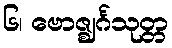
၆၊ ဗောဇ္ဈင်္ဂသုတ္တ